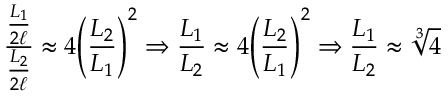
{ \frac { \frac { L _ { 1 } } { 2 \ell } } { \frac { L _ { 2 } } { 2 \ell } } } \approx 4 { \left( { \frac { L _ { 2 } } { L _ { 1 } } } \right) } ^ { 2 } \Rightarrow { \frac { L _ { 1 } } { L _ { 2 } } } \approx 4 { \left( { \frac { L _ { 2 } } { L _ { 1 } } } \right) } ^ { 2 } \Rightarrow { \frac { L _ { 1 } } { L _ { 2 } } } \approx { \sqrt [ { 3 } ] { 4 } }